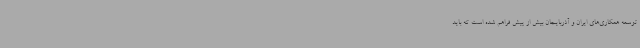
توسعه همکاری‌های ایران و آذربایجان بیش از پیش فراهم شده است که باید